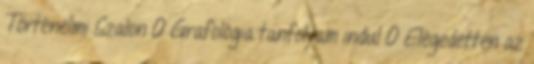
Történelmi Szalon 0 Grafológia tanfolyam indul 0 Elégedetten az